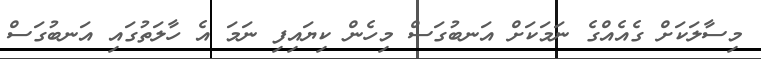
މިސާލަކަށް ގެއެއްގެ ނަމަކަށް އަނބުގަސް މިހެން ކިޔައިފި ނަމަ އެ ހާލަތުގައި އަނބުގަސް